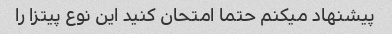
پیشنهاد میکنم حتما امتحان کنید این نوع پیتزا را